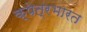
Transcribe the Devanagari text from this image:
क्षेत्रभारत